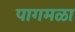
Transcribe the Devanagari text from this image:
पागमळा